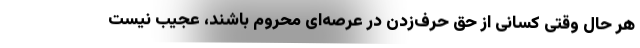
هر حال وقتی کسانی از حق حرف‌زدن در عرصه‌ای محروم باشند، عجیب نیست